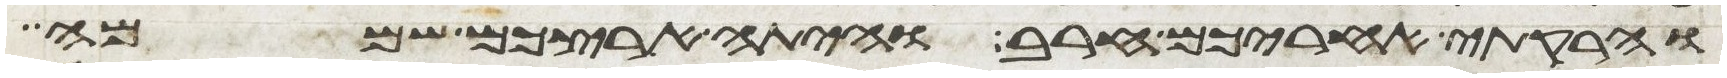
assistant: והרקתי אחריכם חרב והיתה ארצכם שממה